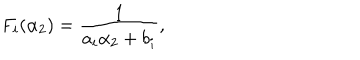
F _ { i } ( \alpha _ { 2 } ) = \frac { 1 } { a _ { i } \alpha _ { 2 } + b _ { i } } ,